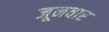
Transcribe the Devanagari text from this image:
जूनवार